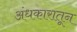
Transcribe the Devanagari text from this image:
अंधकारातून